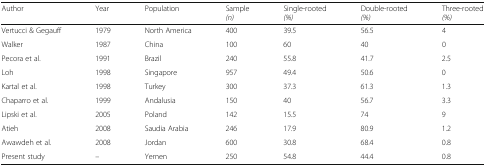
<table><thead><tr><td><b>Author</b></td><td><b>Year</b></td><td><b>Population</b></td><td><b>Sample<i>(n)</i></b></td><td><b>Single-rooted<i>(%)</i></b></td><td><b>Double-rooted<i>(%)</i></b></td><td><b>Three-rooted<i>(%)</i></b></td></tr></thead><tbody><tr><td>Vertucci &amp; Gegauff</td><td>1979</td><td>North America</td><td>400</td><td>39.5</td><td>56.5</td><td>4</td></tr><tr><td>Walker</td><td>1987</td><td>China</td><td>100</td><td>60</td><td>40</td><td>0</td></tr><tr><td>Pecora et al.</td><td>1991</td><td>Brazil</td><td>240</td><td>55.8</td><td>41.7</td><td>2.5</td></tr><tr><td>Loh</td><td>1998</td><td>Singapore</td><td>957</td><td>49.4</td><td>50.6</td><td>0</td></tr><tr><td>Kartal et al.</td><td>1998</td><td>Turkey</td><td>300</td><td>37.3</td><td>61.3</td><td>1.3</td></tr><tr><td>Chaparro et al.</td><td>1999</td><td>Andalusia</td><td>150</td><td>40</td><td>56.7</td><td>3.3</td></tr><tr><td>Lipski et al.</td><td>2005</td><td>Poland</td><td>142</td><td>15.5</td><td>74</td><td>9</td></tr><tr><td>Atieh</td><td>2008</td><td>Saudia Arabia</td><td>246</td><td>17.9</td><td>80.9</td><td>1.2</td></tr><tr><td>Awawdeh et al.</td><td>2008</td><td>Jordan</td><td>600</td><td>30.8</td><td>68.4</td><td>0.8</td></tr><tr><td>Present study</td><td>–</td><td>Yemen</td><td>250</td><td>54.8</td><td>44.4</td><td>0.8</td></tr></tbody></table>